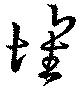
壊